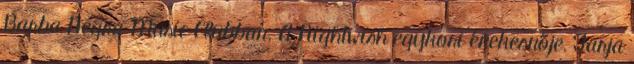
Barba Negra Music Clubban. A Nightwish egykori énekesnője, Tarja